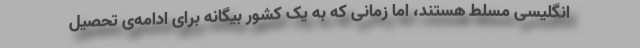
انگلیسی مسلط هستند، اما زمانی که به یک کشور بیگانه برای ادامه‌ی تحصیل